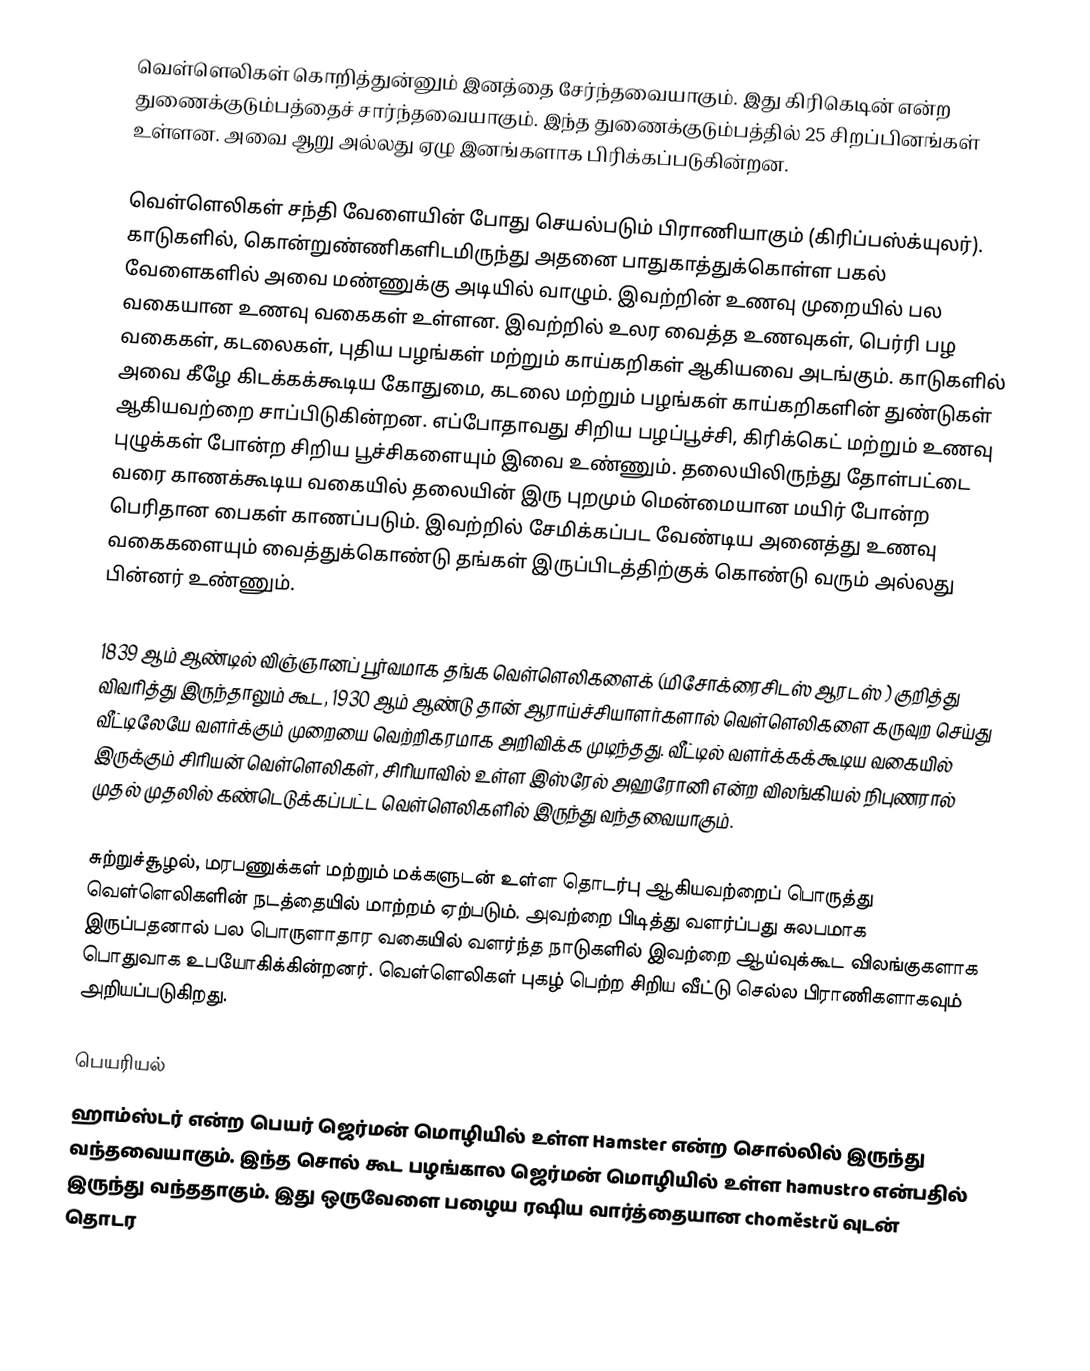
வெள்ளெலிகள் கொறித்துன்னும் இனத்தை சேர்ந்தவையாகும். இது கிரிகெடின் என்ற துணைக்குடும்பத்தைச் சார்ந்தவையாகும். இந்த துணைக்குடும்பத்தில் 25 சிறப்பினங்கள் உள்ளன. அவை ஆறு அல்லது ஏழு இனங்களாக பிரிக்கப்படுகின்றன.

வெள்ளெலிகள் சந்தி வேளையின் போது செயல்படும் பிராணியாகும் (கிரிப்பஸ்க்யுலர்). காடுகளில், கொன்றுண்ணிகளிடமிருந்து அதனை பாதுகாத்துக்கொள்ள பகல் வேளைகளில் அவை மண்ணுக்கு அடியில் வாழும். இவற்றின் உணவு முறையில் பல வகையான உணவு வகைகள் உள்ளன. இவற்றில் உலர வைத்த உணவுகள், பெர்ரி பழ வகைகள், கடலைகள், புதிய பழங்கள் மற்றும் காய்கறிகள் ஆகியவை அடங்கும். காடுகளில் அவை கீழே கிடக்கக்கூடிய கோதுமை, கடலை மற்றும் பழங்கள் காய்கறிகளின் துண்டுகள் ஆகியவற்றை சாப்பிடுகின்றன. எப்போதாவது சிறிய பழப்பூச்சி, கிரிக்கெட் மற்றும் உணவு புழுக்கள் போன்ற சிறிய பூச்சிகளையும் இவை உண்ணும். தலையிலிருந்து தோள்பட்டை வரை காணக்கூடிய வகையில் தலையின் இரு புறமும் மென்மையான மயிர் போன்ற பெரிதான பைகள் காணப்படும். இவற்றில் சேமிக்கப்பட வேண்டிய அனைத்து உணவு வகைகளையும் வைத்துக்கொண்டு தங்கள் இருப்பிடத்திற்குக் கொண்டு வரும் அல்லது பின்னர் உண்ணும்.

1839 ஆம் ஆண்டில் விஞ்ஞானப் பூர்வமாக தங்க வெள்ளெலிகளைக் (மிசோக்ரைசிடஸ் ஆரடஸ் ) குறித்து விவரித்து இருந்தாலும் கூட, 1930 ஆம் ஆண்டு தான் ஆராய்ச்சியாளர்களால் வெள்ளெலிகளை கருவுற செய்து வீட்டிலேயே வளர்க்கும் முறையை வெற்றிகரமாக அறிவிக்க முடிந்தது. வீட்டில் வளர்க்கக்கூடிய வகையில் இருக்கும் சிரியன் வெள்ளெலிகள், சிரியாவில் உள்ள இஸ்ரேல் அஹரோனி என்ற விலங்கியல் நிபுணரால் முதல் முதலில் கண்டெடுக்கப்பட்ட வெள்ளெலிகளில் இருந்து வந்தவையாகும்.

சுற்றுச்சூழல், மரபணுக்கள் மற்றும் மக்களுடன் உள்ள தொடர்பு ஆகியவற்றைப் பொருத்து வெள்ளெலிகளின் நடத்தையில் மாற்றம் ஏற்படும். அவற்றை பிடித்து வளர்ப்பது சுலபமாக இருப்பதனால் பல பொருளாதார வகையில் வளர்ந்த நாடுகளில் இவற்றை ஆய்வுக்கூட விலங்குகளாக பொதுவாக உபயோகிக்கின்றனர். வெள்ளெலிகள் புகழ் பெற்ற சிறிய வீட்டு செல்ல பிராணிகளாகவும் அறியப்படுகிறது.

பெயரியல்
ஹாம்ஸ்டர் என்ற பெயர் ஜெர்மன் மொழியில் உள்ள Hamster என்ற சொல்லில் இருந்து வந்தவையாகும். இந்த சொல் கூட பழங்கால ஜெர்மன் மொழியில் உள்ள hamustro என்பதில் இருந்து வந்ததாகும். இது ஒருவேளை பழைய ரஷிய வார்த்தையான choměstrǔ வுடன் தொடர